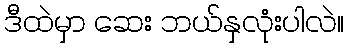
ဒီထဲမှာ ဆေး ဘယ်နှလုံးပါလဲ။